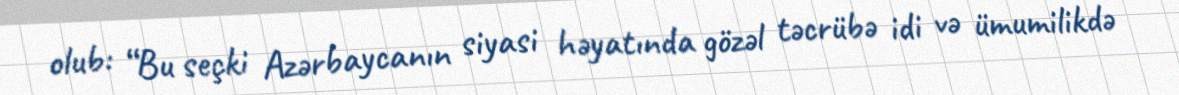
olub: “Bu seçki Azərbaycanın siyasi həyatında gözəl təcrübə idi və ümumilikdə